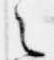
之